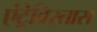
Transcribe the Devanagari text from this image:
एंट्रेविस्तास